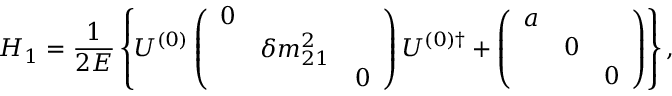
H _ { 1 } = \frac { 1 } { 2 E } \left\{ U ^ { ( 0 ) } \left( \begin{array} { c c c } { { 0 } } & { { } } & { { } } \\ { { } } & { { \delta m _ { 2 1 } ^ { 2 } } } & { { } } \\ { { } } & { { } } & { { 0 } } \end{array} \right) U ^ { ( 0 ) \dagger } + \left( \begin{array} { c c c } { { a } } & { { } } & { { } } \\ { { } } & { { 0 } } & { { } } \\ { { } } & { { } } & { { 0 } } \end{array} \right) \right\} ,